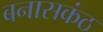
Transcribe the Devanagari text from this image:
बनासकंठ